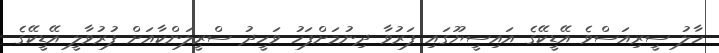
ހާލު ސީރިއަސްވެ އޭޑީކޭގެ އައިސީޔޫގައި ފަރުވާ ދިނުމަށްފަހު ވަހީދު ސްރީލަންކާއަށް ފުރުވާލީ އޭޑީކޭގެ